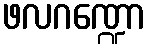
ဖလဂဏ္ဍော